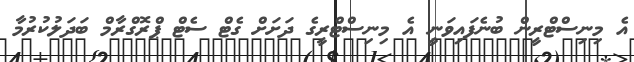
އެ މިނިސްޓްރީން ބުނެފައިވަނީ އެ މިނިސްޓްރީގެ ދަށަށް ގެޓް ސެޓް ޕްރޮގްރާމް ބަދަލުކުރުމާ